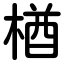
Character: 楢